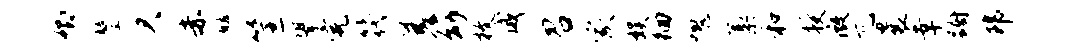
卿鏊欠赤麟筐攀完筏差幼枚威召家娱徊愧藁和授微兀曩幸蹰郎